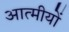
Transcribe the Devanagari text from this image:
आत्मीयों